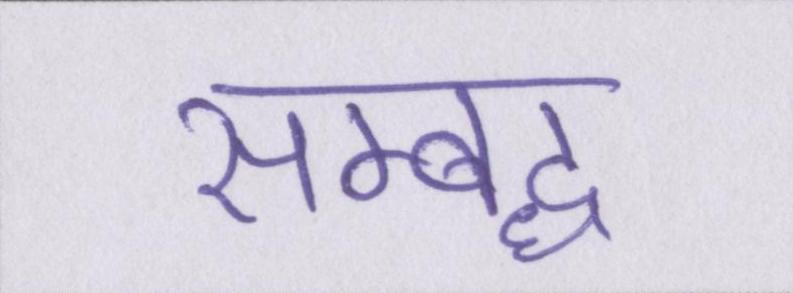
सम्बध्द